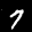
Label: 7